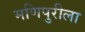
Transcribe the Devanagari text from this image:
मणिपुरीला